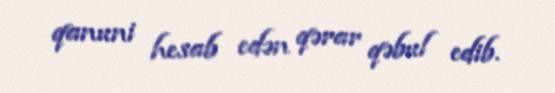
qanuni hesab edən qərar qəbul edib.